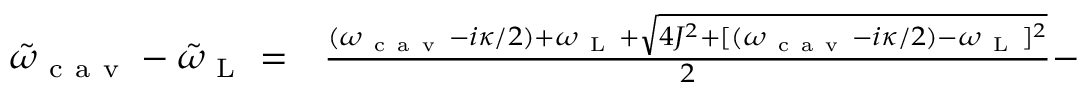
\begin{array} { r l r } { \tilde { \omega } _ { \mathrm { ~ c ~ a ~ v ~ } } - \tilde { \omega } _ { \mathrm { ~ L ~ } } = } & { { } \frac { ( \omega _ { \mathrm { ~ c ~ a ~ v ~ } } - i \kappa / 2 ) + \omega _ { \mathrm { ~ L ~ } } + \sqrt { 4 J ^ { 2 } + [ ( \omega _ { \mathrm { ~ c ~ a ~ v ~ } } - i \kappa / 2 ) - \omega _ { \mathrm { ~ L ~ } } ] { } ^ { 2 } } } { 2 } - } & { } \end{array}